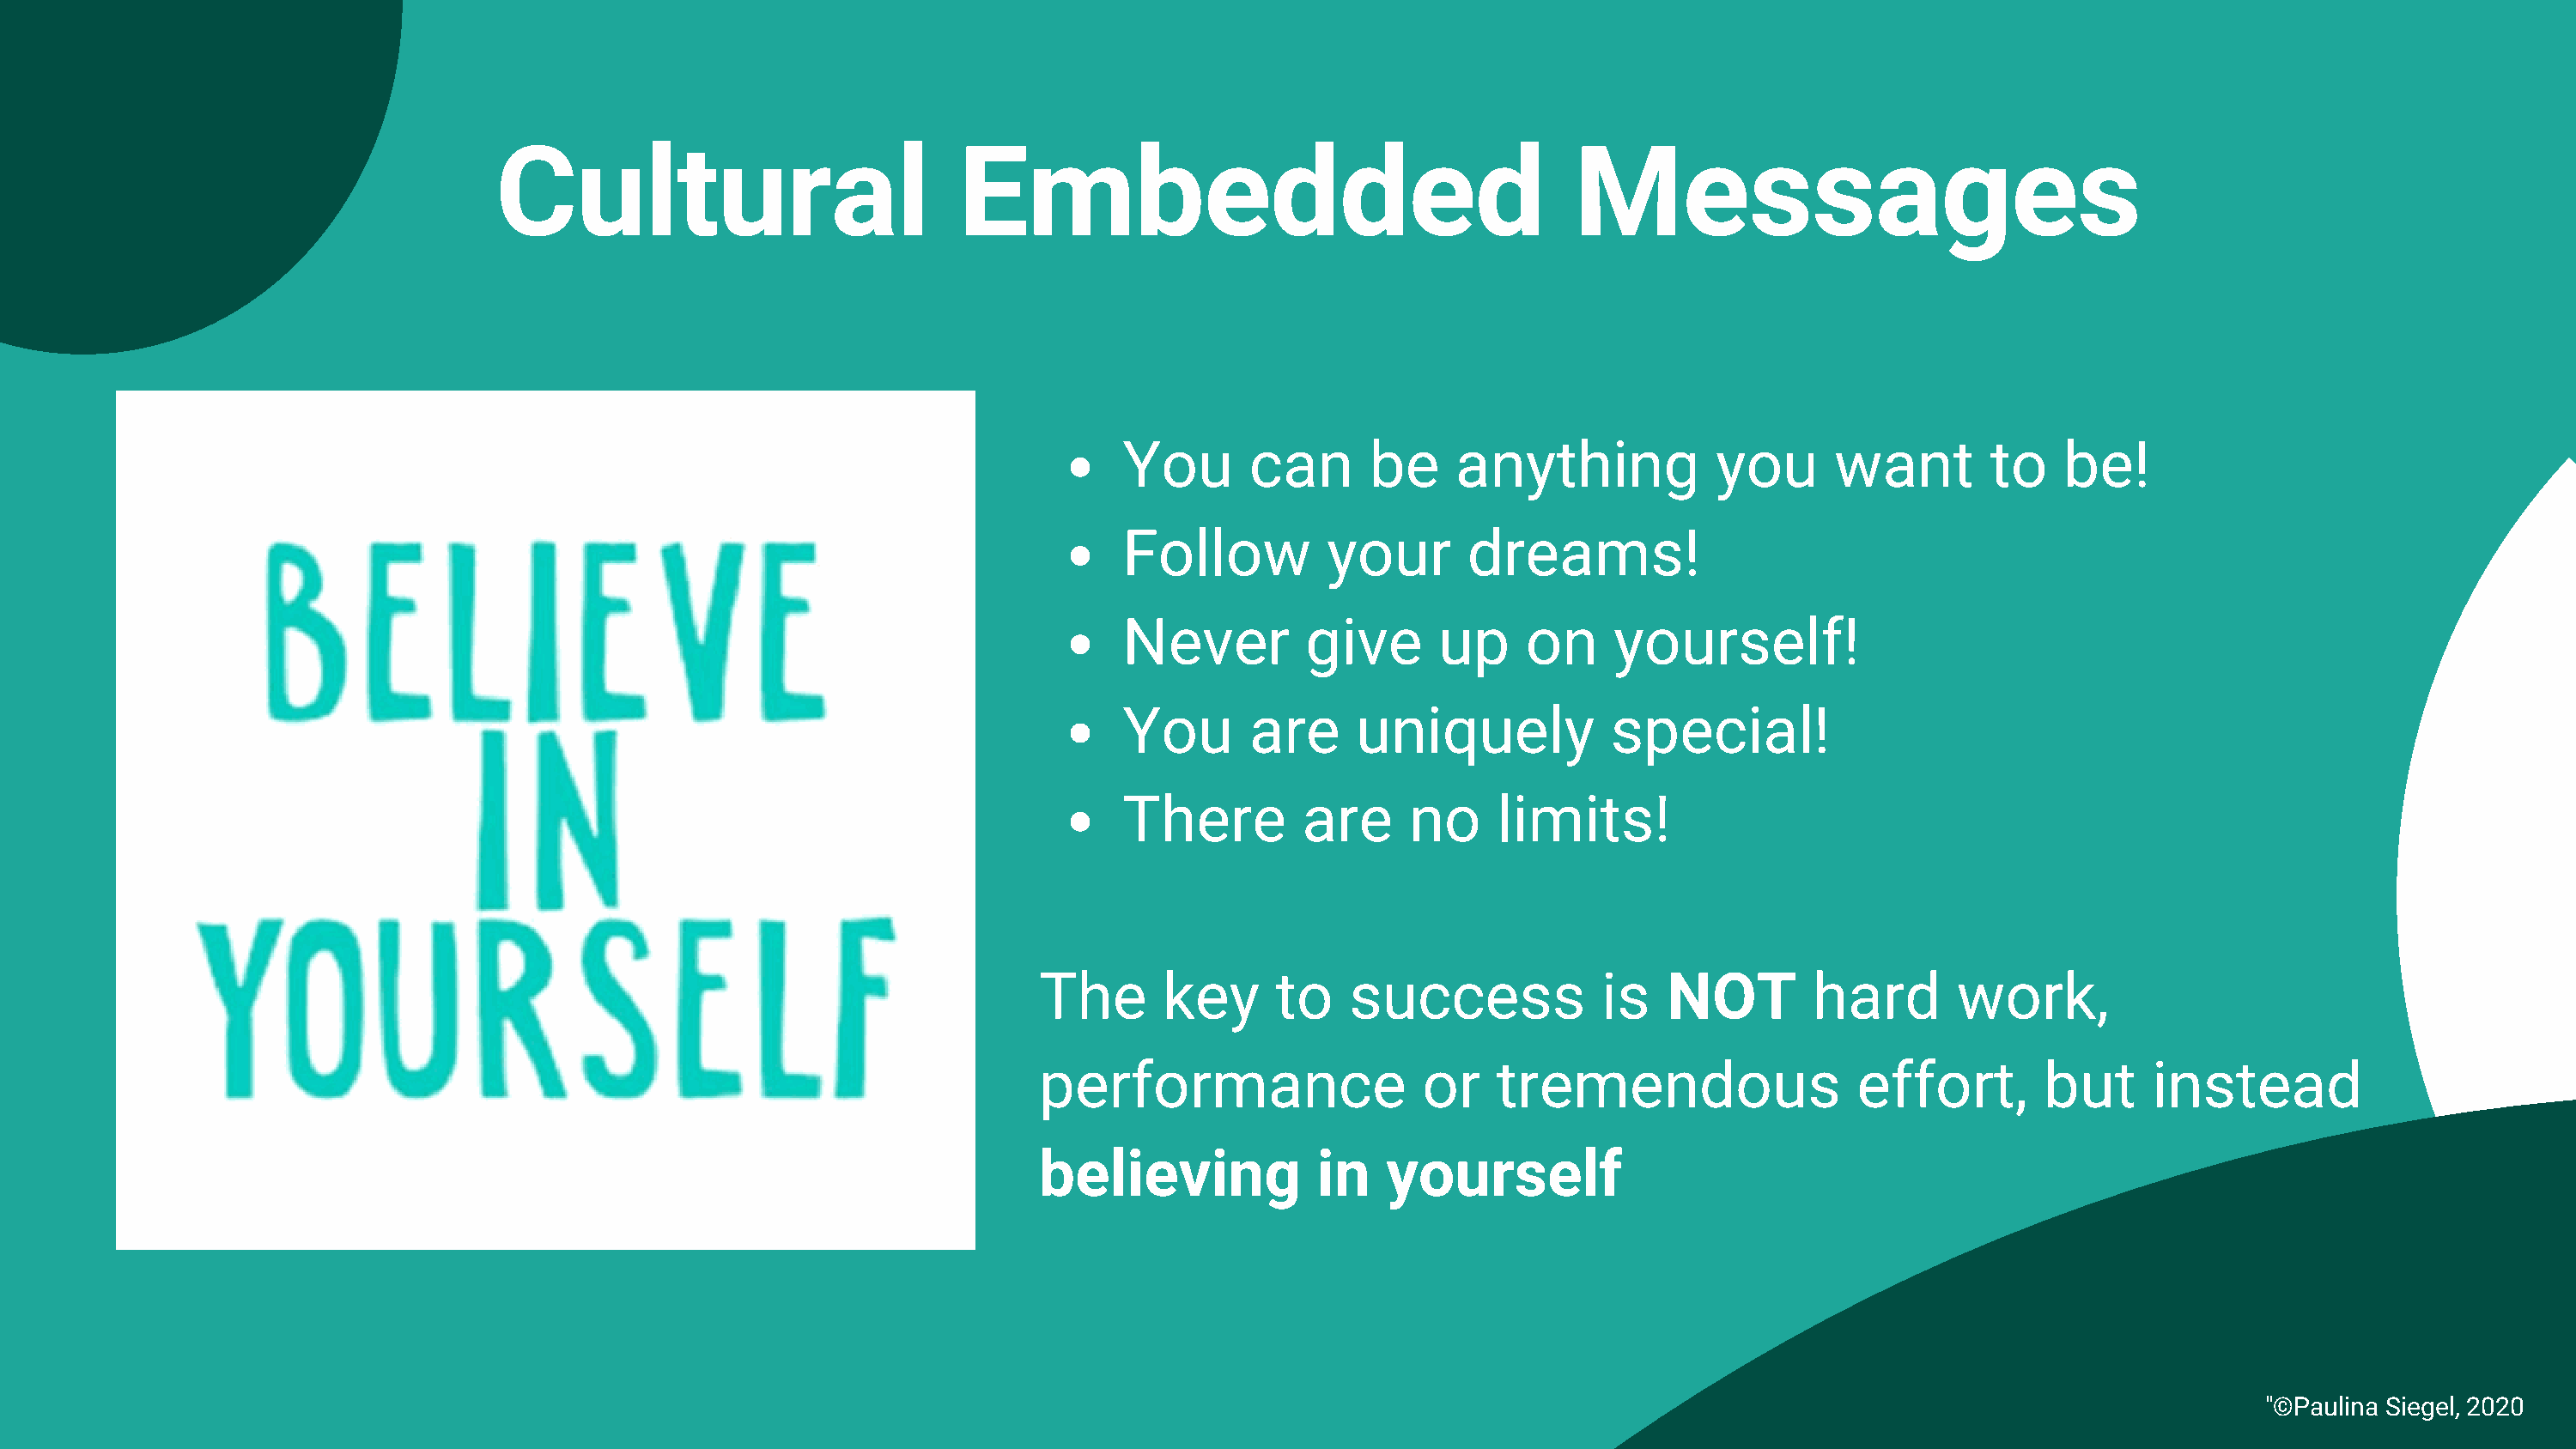
Cultural                            Embedded                                       Messages
 You      can       be    anything            you      want         to   be!
 Follow         your       dreams!
 Never         give      up     on    yourself!
 You      are      uniquely           special!
 There        are      no    limits!
 The       key     to    success             is   NOT        hard       work,
 performance                   or   tremendous                  effort,        but     instead
 believing             in   yourself
 © The Recovery Village® at Umat"i©llaP aAulll iRniag hStise gReel,s 2e0rv2e0d.